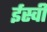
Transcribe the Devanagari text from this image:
र्इस्वी